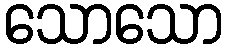
သောသော